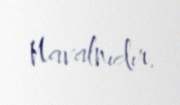
Navalnıdır.